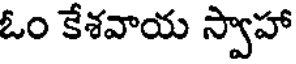
ఓం కేశవాయ స్వాహా